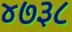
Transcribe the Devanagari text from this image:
४७३८